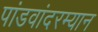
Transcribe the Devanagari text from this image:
पांडवांदरम्यान